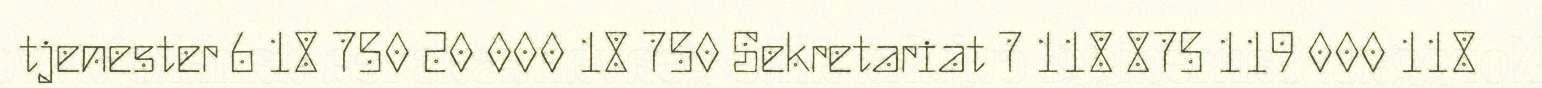
tjenester 6 18 750 20 000 18 750 Sekretariat 7 118 875 119 000 118